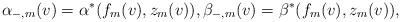
LaTeX: \begin{align*} \alpha_{-,m}(v)=\alpha^\ast(f_m(v),z_m(v)),\beta_{-,m}(v)=\beta^\ast(f_m(v),z_m(v)),\end{align*}